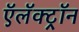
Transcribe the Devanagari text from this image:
ऍलॅक्ट्रॉन